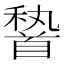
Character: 𩠨